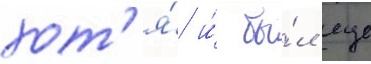
хот'я́ и́ бы́л еще